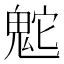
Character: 𩲮